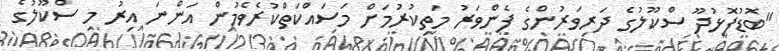
"ބޮޑުފޮޅުދޫ ސްކޫލުގެ ދަރިވަރުންގެ ފެންވަރު މަތިކުރުމަށް މަސައްކަތްކުރެވެމުން އަންނަ އިރު މި ސްކޫލުގެ